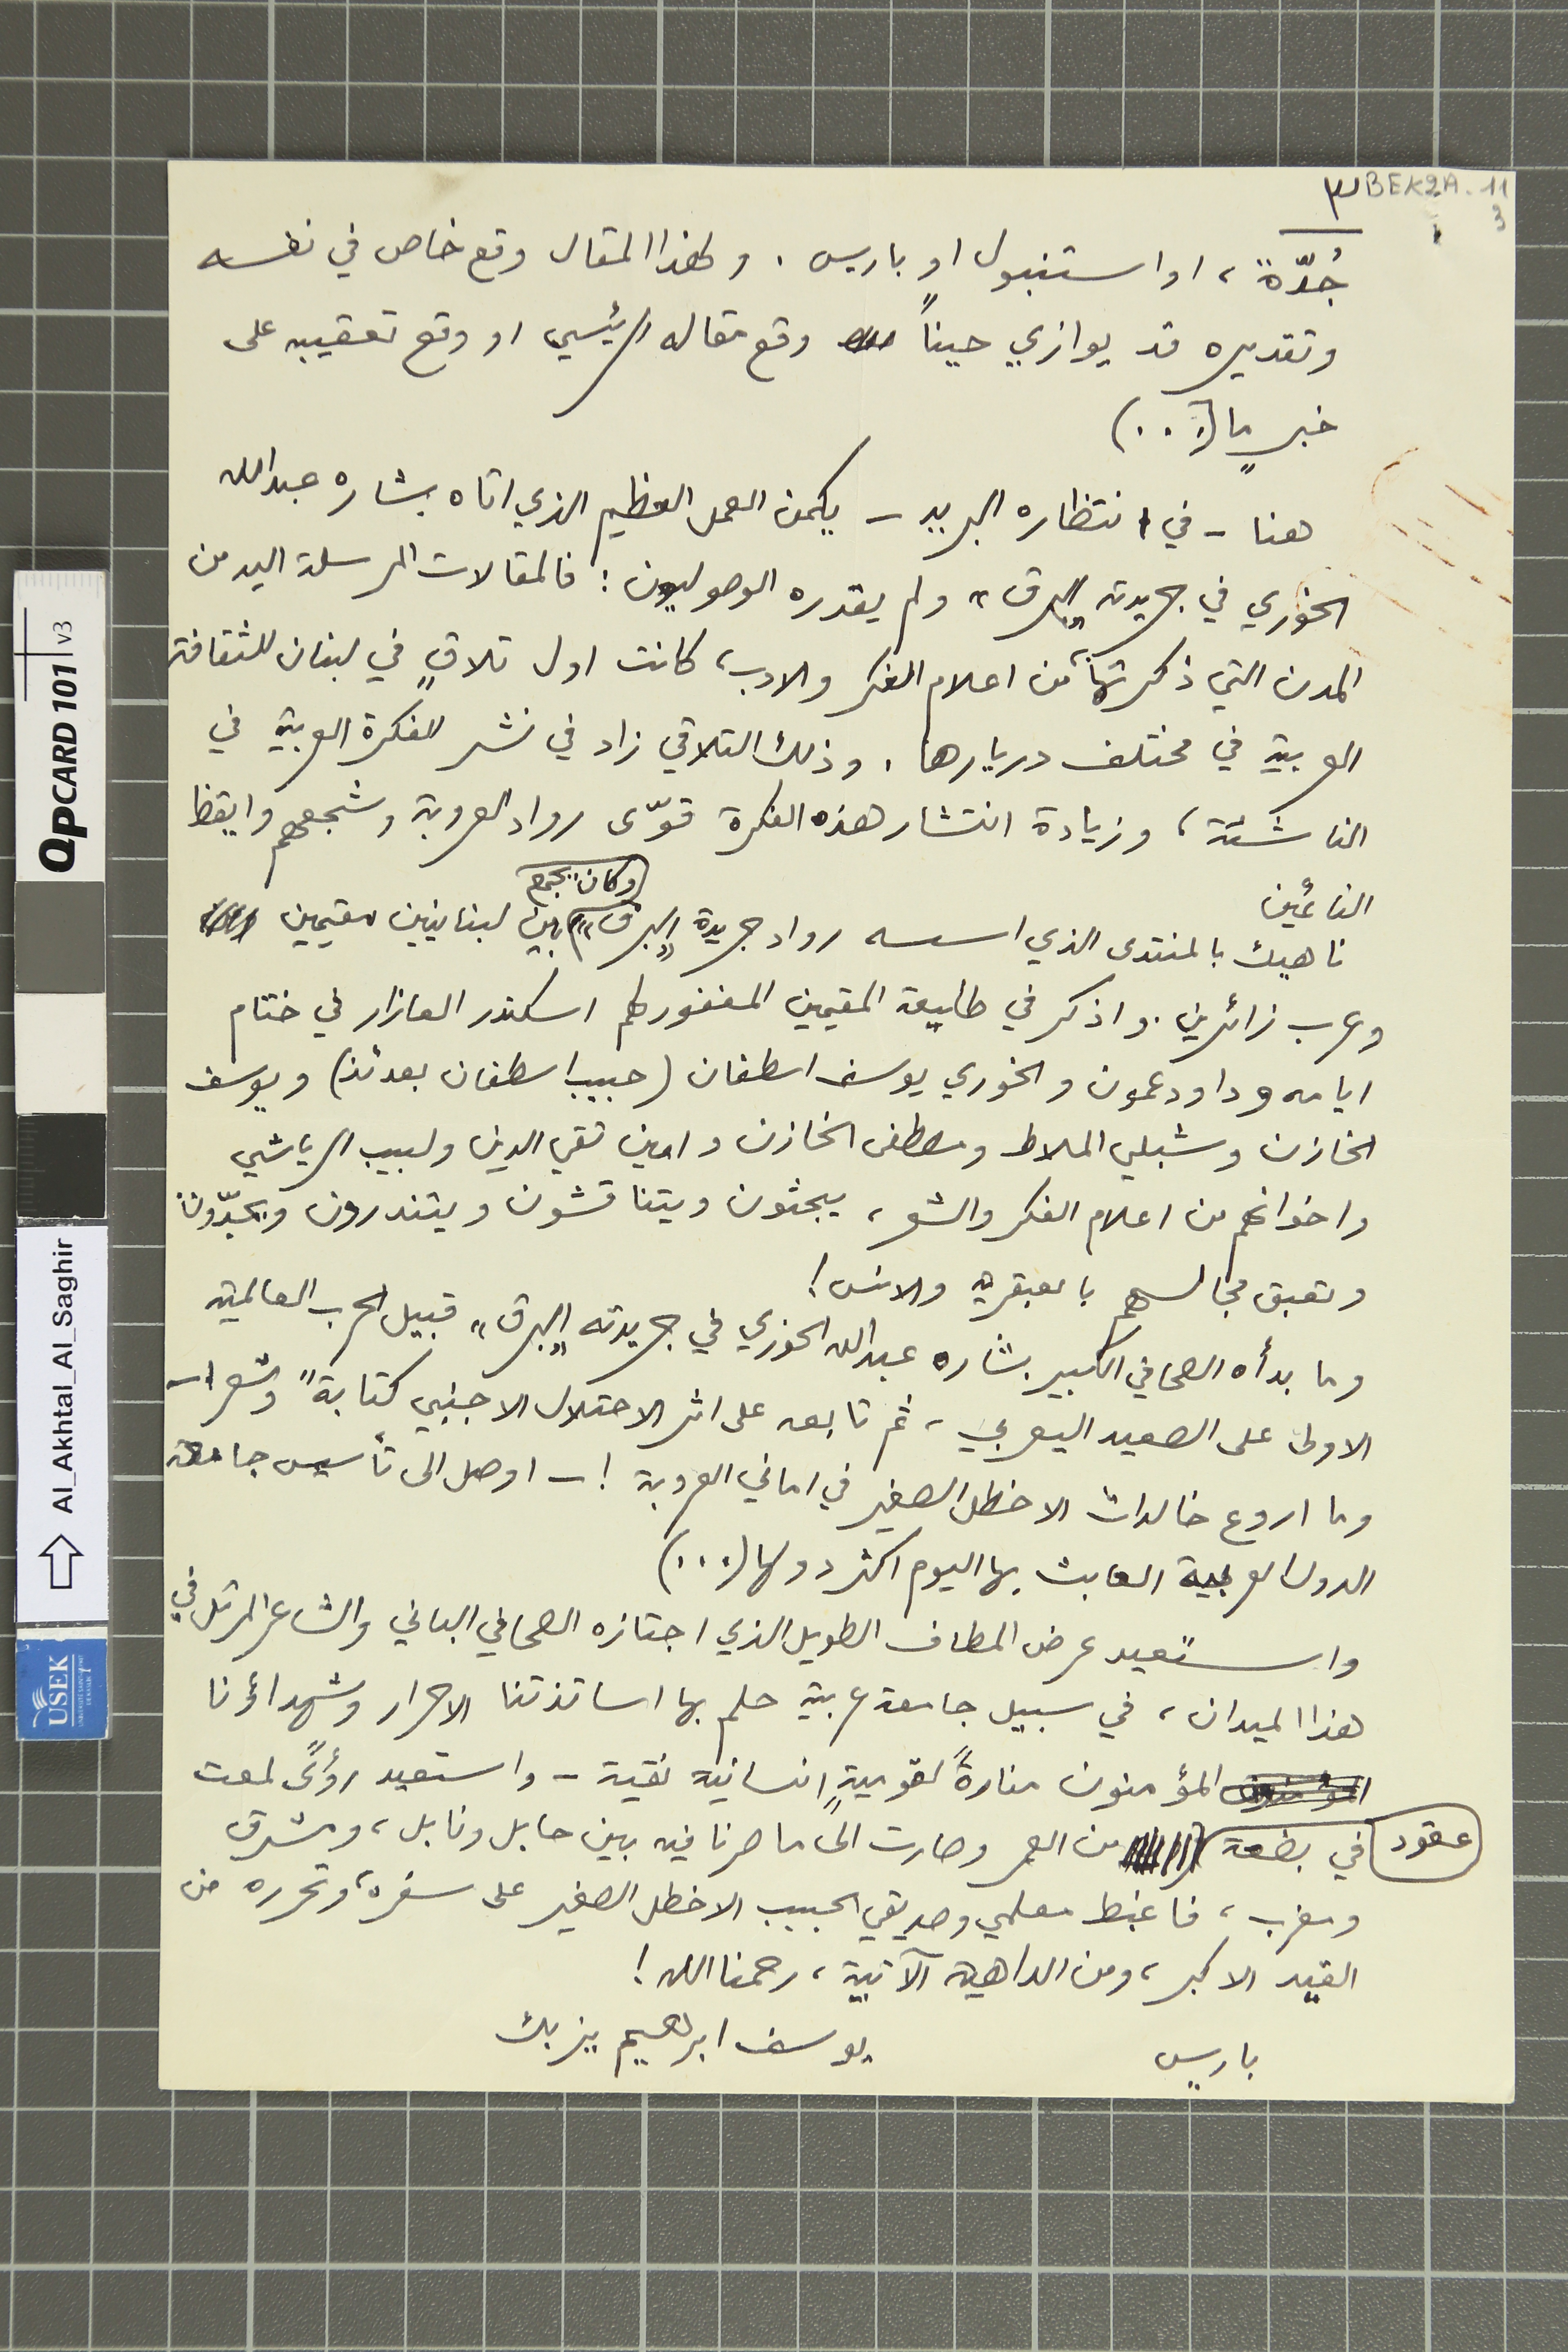
جُدّةً، او استنبول او باريس. ولهذا المقال وقع خاص في نفسه
وتقديره قد يوازي حيناً وقع مقاله الرئيسي او وقع تعقيبه على
خبرٍ ما (...)
هنا - في انتظاره البريد - يكمن العمل العظيم الذي اتاه بشاره عبدالله
الخوري في جريدته البرق " ولم يقدره الوصوليون: فالمقالات المرسلة اليه من
المدن التي ذكرتها به من اعلام الفكر والادب، كانت اول تلاقٍ في لبنان للثقافة
العربية في مختلف دريارها. وذلك التلاقي زاد في نشر الفكرة العربية في
الناشئة، وزيادة انتشار هذه الفكرة قوّى رواد العروبة وشجعهم وايقظ
النائمين
ناهيك بالمنتدى الذي اسسه رواد جريدة "البرق" وكان يجمع بين لبنانيين مقيمين
وعرب زائرين. واذكر في طليعة المقيمين المغفور لهم اسكندر العازار في ختام
ايامه وداود عمون والخوري يوسف اسطفان (حبيب اسطفان بعدئذ) ويوسف
الخازن وشبلي الملاط ومصطفى الخازن وامين تقي الدين ولبيب الرياشي
واخوانهم من اعلام الفكر والشعر، يبحثون ويتناقشون ويتندرون ويجدّون.
وتعبق مجالسهم بالعبقريه والانس !
وما بدأه الصحافي الكبير بشاره عبد الله الخوري في جريدته "البرق" قبيل الحرب العالمية
الاولى على الصعيد اليعربي، ثم تابعه على اثر الاحتلال الاجنبي كتابةً وشعرا
وما اروع خالدات الاخطل الصغير في اماني العروبة ! – اوصل الى تأسيس جامعة
الدول العربية العابث بها اليوم اكثر دولها (...)
واستعيد عرض المطاف الطويل الذي اجتازه الصحافي الباني والشاعر المرتل في
هذا الميدان، في سبيل جامعة عربية حلم بها اساتذتنا الاحرار وشهداؤنا
المؤمنون منارةً لقوميةٍ انسانية نقية – واستعيد رؤىً لمعت
عقود في بضعة              من العمر وصارت الى ما صرنا فيه بين حابل ونابل، ومشرق
ومغرب، فاغبط معلمي وصديقي الحبيب الاخطل الصغير على سفره، وتحرره من
القيد الاكبر، ومن الداهية الآتية، رحمنا الله !
باريس                           يوسف ابراهيم يزبك
٣ BEK2A-11 3